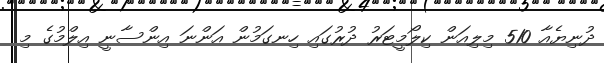
ދުނިޔެއާ 510 މިލިއަން ކިލޯމީޓަރު ދުރުގައި ހިނގަމުން އަންނަ އިންސާނީ އިލްމުގެ މި